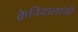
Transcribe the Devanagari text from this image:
क्रेनियालांजी